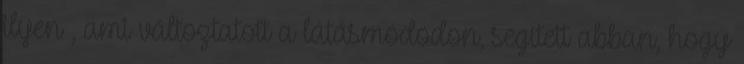
ilyen , ami változtatott a látásmódodon, segített abban, hogy